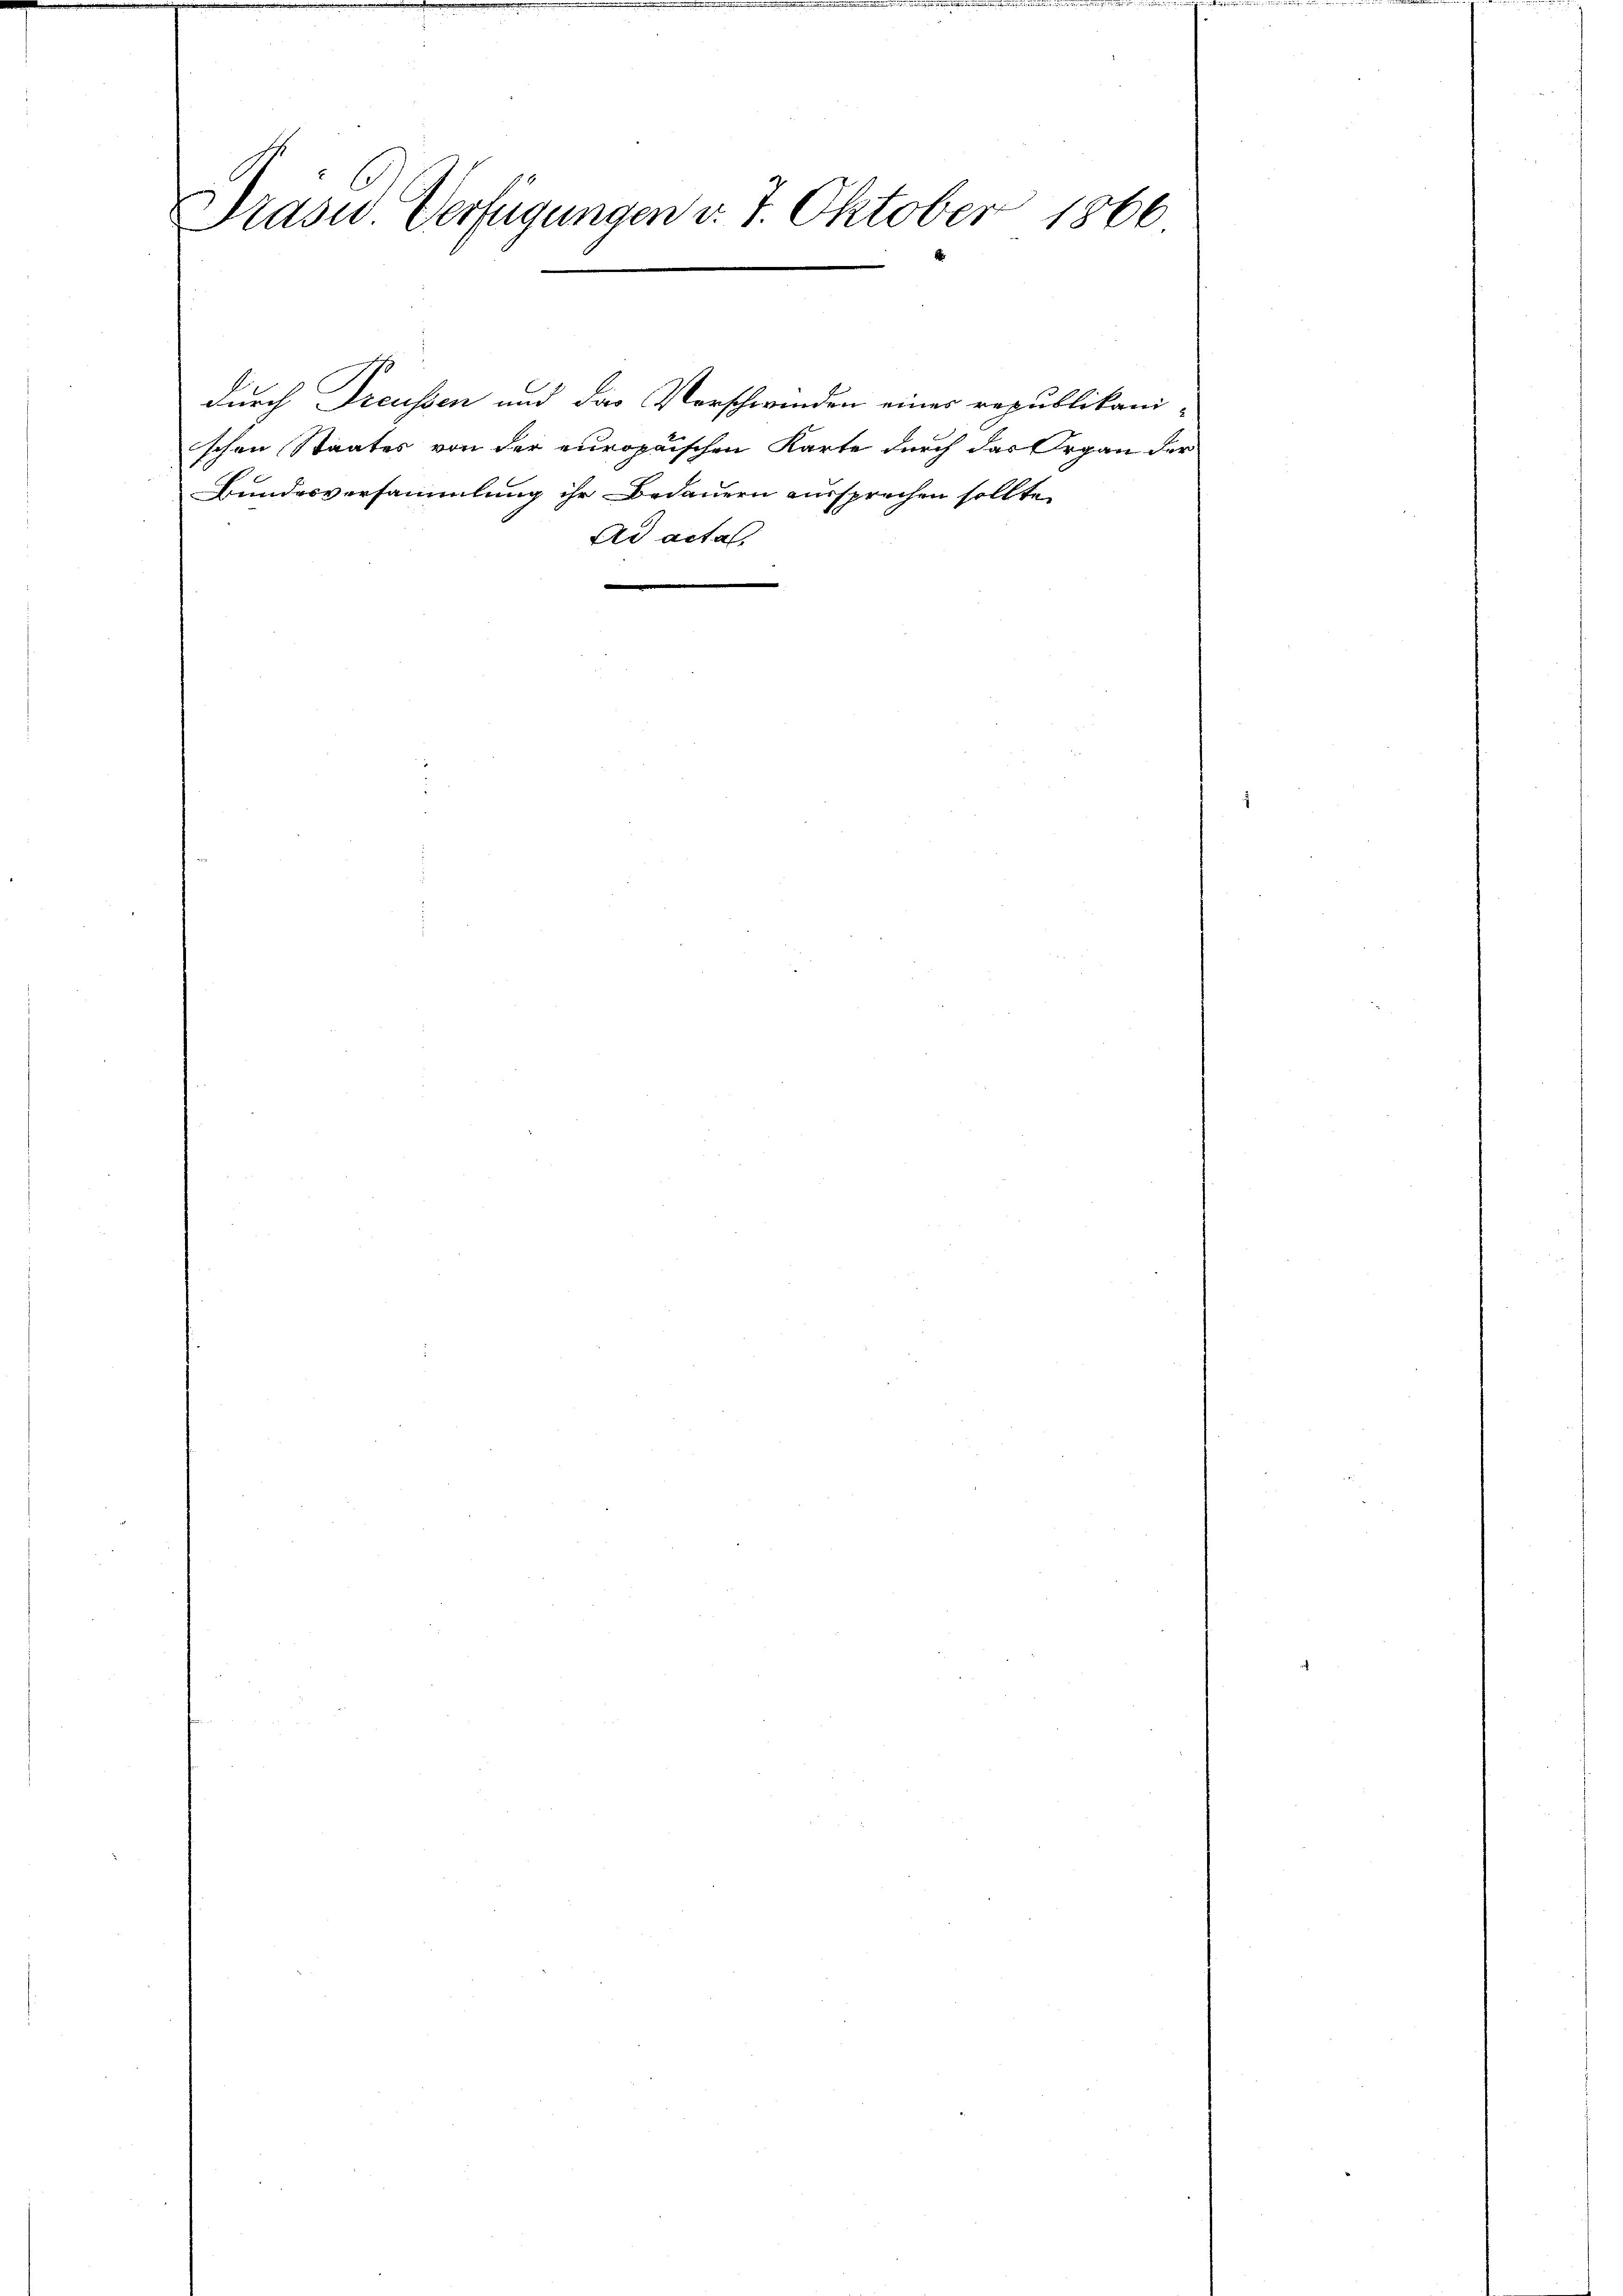
Präsid. Verfügungen v. 7. Oktober 1866

Bundesversammlung ihr Bedauern aussprechen sollte,
Ad acta

durch Dreussen und das Vorschwinden eines republikani-
schon Staates von der europaischen Karte durch das Organ der